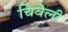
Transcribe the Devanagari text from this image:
चिवेली